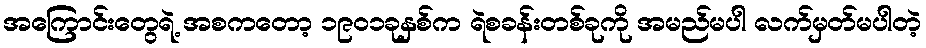
အကြောင်းတွေရဲ့ အစကတော့ ၁၉၀၁ခုနှစ်က ရဲစခန်းတစ်ခုကို အမည်မပါ လက်မှတ်မပါတဲ့